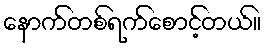
နောက်တစ်ရက်စောင့်တယ်။